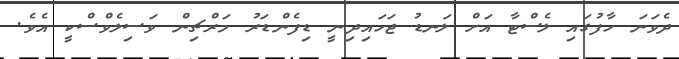
ދެވަނަ ހާފުގައި ލެސްޓާ އަށް ލަނޑު ޖަހައިދިނީ ޑިފެންޑަރު މަރްޗިން ވަސިލެވްސްކީ އެވެ.